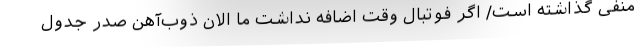
منفی گذاشته است/ اگر فوتبال وقت اضافه نداشت ما الان ذوب‌آهن صدر جدول